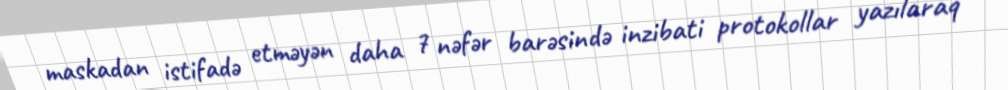
maskadan istifadə etməyən daha 7 nəfər barəsində inzibati protokollar yazılaraq